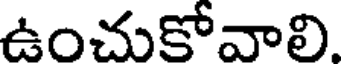
ఉంచుకోవాలి.